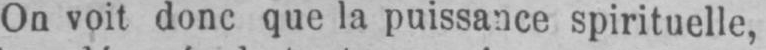
On voit donc que la puissance spirituelle,